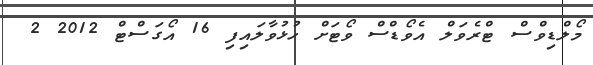
މޯލްޑިވްސް ޓްރެވަލް އެވޯޑްސް ވޯޓަށް ހުޅުވާލައިފި 16 އޯގަސްޓް 2012 2